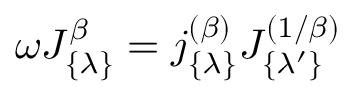
\omega J _ { \{ \lambda \} } ^ { \beta } = j _ { \{ \lambda \} } ^ { ( \beta ) } J _ { \{ \lambda ^ { \prime } \} } ^ { ( 1 / \beta ) }